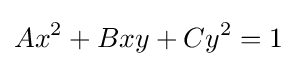
Ax^{2}+Bxy+Cy^{2}=1